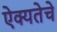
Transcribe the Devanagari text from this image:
ऐक्यतेचे